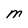
Character: M